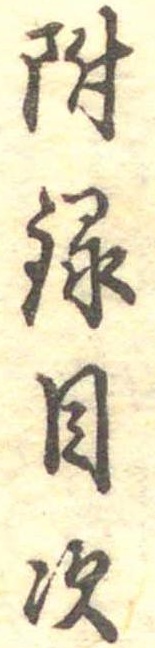
附録目次